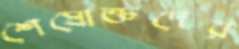
শেষোক্তদের